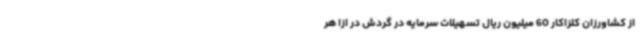
از کشاورزان کلزاکار 60 میلیون ریال تسهیلات سرمایه در گردش در ازا هر